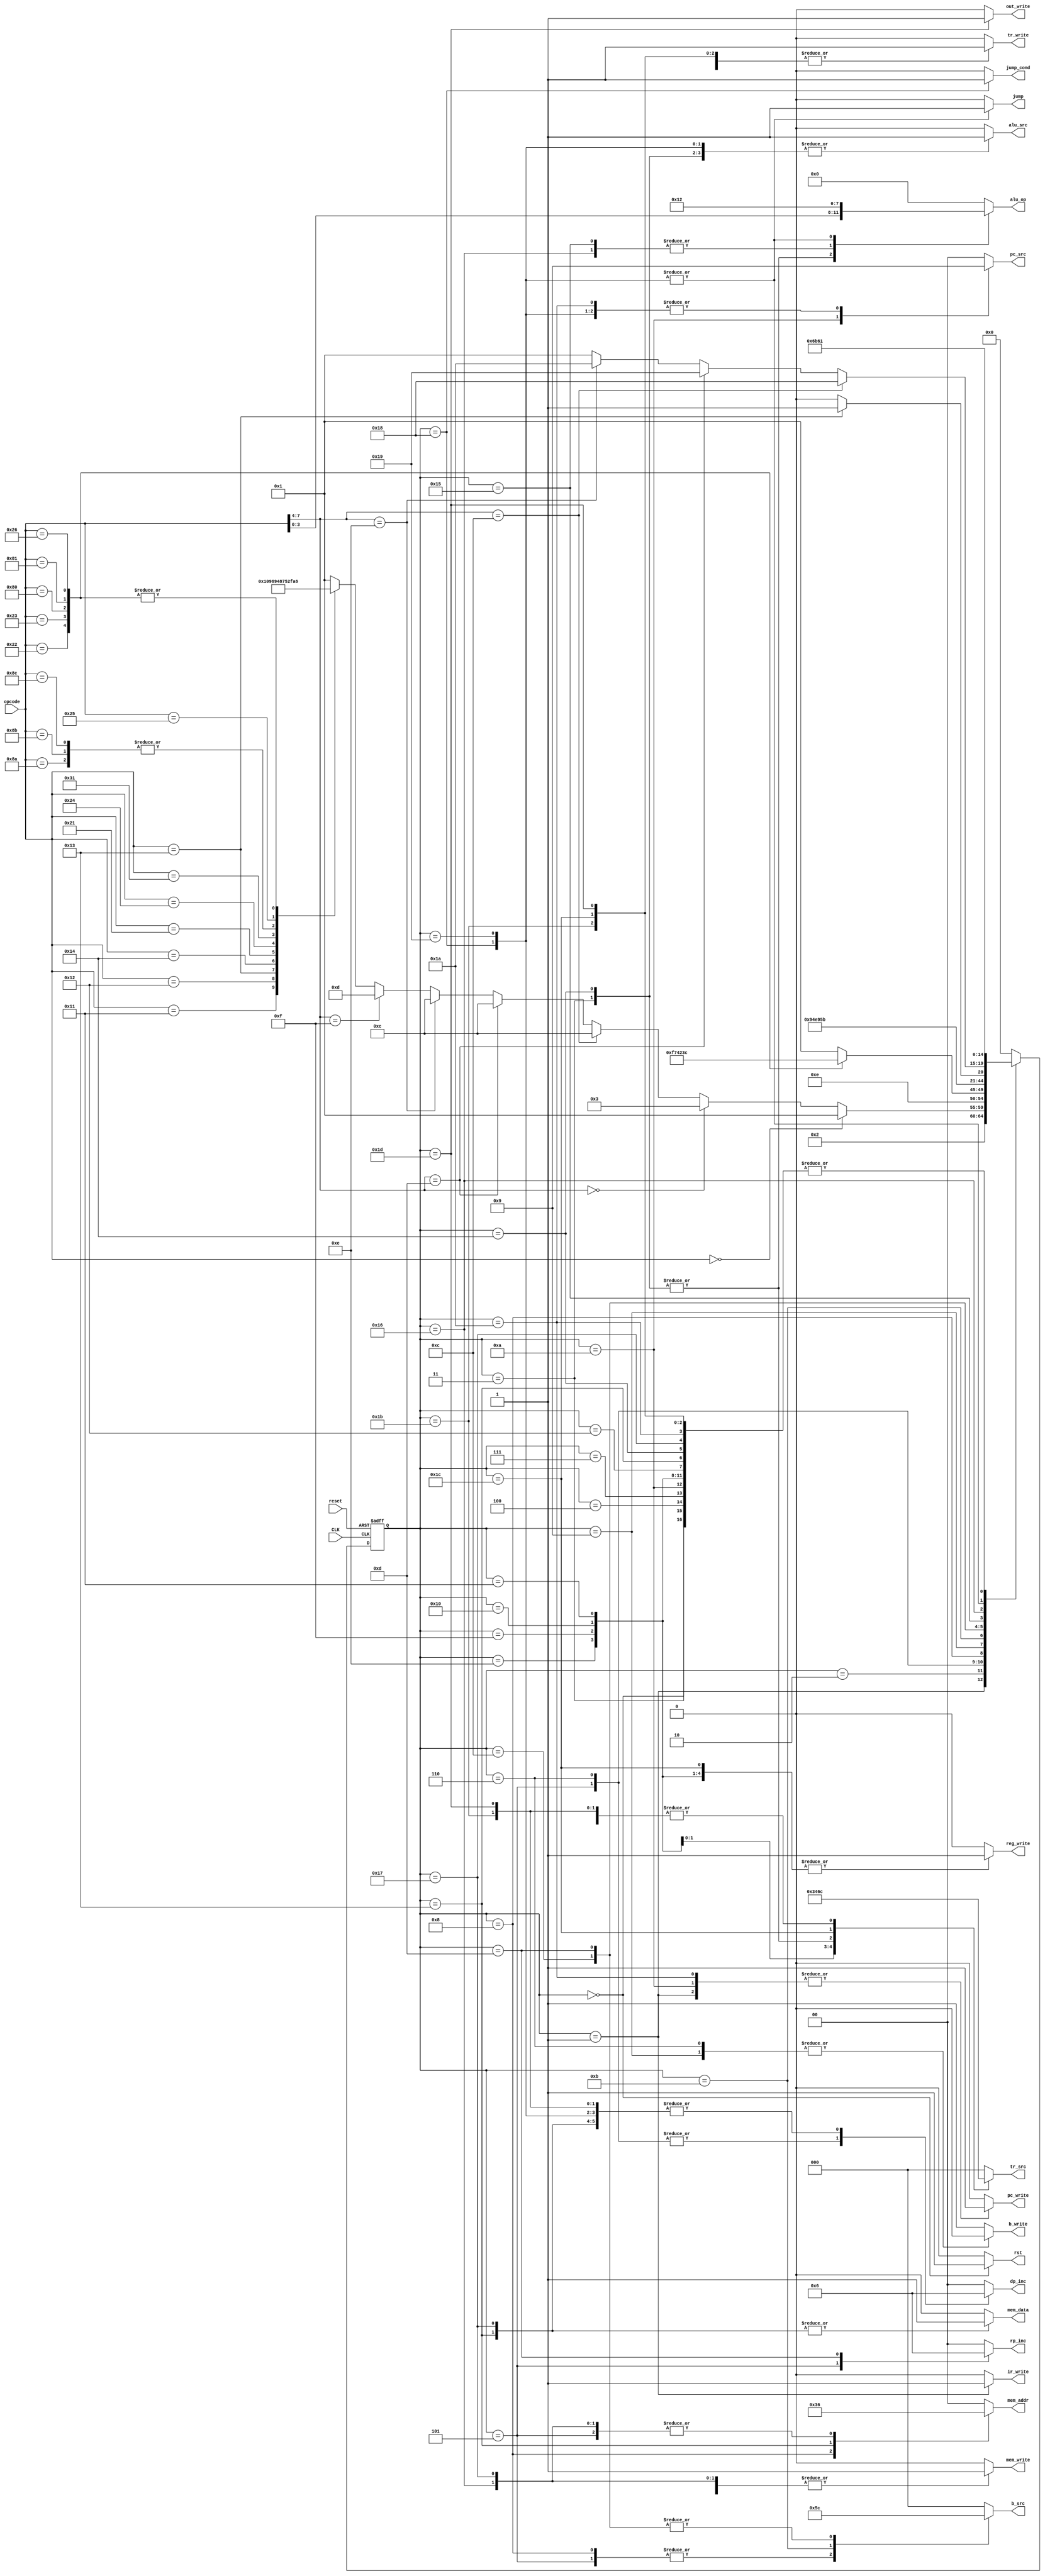
`timescale 1ns / 1ps
//////////////////////////////////////////////////////////////////////////////////
// Company: 
// Engineer: 
// 
// Design Name: 
// Module Name:    ControlUnit 
// Project Name: 
// Target Devices: 
// Tool versions: 
// Description: 
//
// Dependencies: 
//
// Revision: 
// Revision 0.01 - File Created
// Additional Comments: 
//
//////////////////////////////////////////////////////////////////////////////////
module ControlUnit(
	input [7:0] opcode,
	input reset,
	input CLK,
	output reg [1:0] mem_addr,
	output reg mem_data,
	output reg mem_write,
	output reg [1:0] dp_inc,
	output reg [1:0] rp_inc,
	output reg reg_write,
	output reg ir_write,
	output reg [2:0] tr_src,
	output reg tr_write,
	output reg [1:0] pc_src,
	output reg pc_write,
	output reg jump,
	output reg jump_cond,
	output reg alu_src,
	output reg [2:0] b_src,
	output reg b_write,
	output reg [3:0] alu_op,
	output reg rst,
	output reg out_write
   );

	reg [4:0] state;			//Current State for one-hot encoding
	reg [4:0] next_state;	//Next state for one-hot encoding
	
	parameter [4:0] 	reset_state = 5'd0,
							fetch = 5'd1,
							decode = 5'd2,
							alu = 5'd3,
							burn = 5'd4,
							fromr_1 = 5'd5,
							odpp = 5'd6,	//Over, dup, push, pushu
							swap = 5'd7,
							load_1 = 5'd8,
							store_1 = 5'd9,
							ja = 5'd10,
							shifts_1 = 5'd11,	//Sll, Srl, sra
							jumps_1 = 5'd12,	//jeq, jneq, j
							call_tor = 5'd13,	//Call and tor
							fromr_over = 5'd14,	//Final state for from and over
							dup = 5'd15,	//Final state for dup
							push = 5'd16,
							pushu = 5'd17,
							load = 5'd18,
							store = 5'd19,
							shifts = 5'd20,	//Final state for sll, srl, sra
							jumps_2 = 5'd21,//Second state for jumps
							call = 5'd22,
							tor = 5'd23,
							jeq = 5'd24,
							jneq = 5'd25,
							j_call = 5'd26,
							jeqs = 5'd27,
							in = 5'd28,
							out = 5'd29;

	
	always @(posedge CLK or posedge reset) begin
		if (reset) state <= reset_state;
		else state <= next_state;
	end
	
	always @(state or opcode) begin
		mem_addr = 0; mem_data = 0; mem_write = 0; dp_inc = 0; rp_inc = 0; reg_write = 0; ir_write = 0; tr_src = 0; 
		tr_write = 0; pc_src = 0; pc_write = 0; jump = 0; jump_cond = 0; alu_src = 0; b_src = 0; b_write = 1; alu_op = 0;
		rst = 0;	out_write = 0;
		next_state = fetch;
		
		case (state)
			reset_state: begin
				rst = 1;
				
				next_state = fetch;
			end
			fetch: begin
				ir_write = 1;
				mem_addr = 2'b00;
				pc_write = 1;
				pc_src = 2'b00;
				
				next_state = decode;
			end
			decode: begin
				b_src = 3'b000;
				if (opcode == 8'h00) next_state = fetch;
				else if (opcode[7:4] == 4'h0) next_state = alu;
				else if (opcode[7:4] == 4'hC) next_state = jumps_1;	//jeq
				else if (opcode[7:4] == 4'hD) next_state = jumps_1;	//jneq
				else if (opcode[7:4] == 4'hE) next_state = jumps_1;	//j
				else if (opcode[7:4] == 4'hF) next_state = call_tor;	//call
				else begin
					case (opcode)
						8'h11: next_state = load_1;	//load
						8'h12: next_state = store_1;	//store
						8'h13: next_state = call_tor; 	//tor
						8'h14: next_state = fromr_1; 	//fromr
						8'h21: next_state = burn; 	//burn
						8'h22: next_state = odpp; 	//dup
						8'h23: next_state = odpp; 	//over
						8'h24: next_state = swap; 	//swap
						8'h31: next_state = ja; 	//ja
						8'h80: next_state = odpp; 	//push
						8'h81: next_state = odpp; 	//pushu
						8'h8A: next_state = shifts_1;	//sll
						8'h8B: next_state = shifts_1; 	//srl
						8'h8C: next_state = shifts_1; 	//sra
						8'h25: next_state = out;	//out
						8'h26: next_state = odpp;	//in
					endcase
				end
			end
			alu: begin
				dp_inc = 2'b10;
				alu_src = 1;
				alu_op = opcode[3:0];
				tr_src = 3'b001;
				tr_write = 1;
				
				next_state = fetch;
			end
			burn: begin
				tr_src = 3'b000;
				dp_inc = 2'b10;
				tr_write = 1;
				
				next_state = fetch;
			end
			fromr_1: begin
				b_src = 3'b001;
				mem_addr = 2'b10;
				rp_inc = 2'b01;
				dp_inc = 2'b01;
				
				next_state = fromr_over;
			end
			odpp: begin
				dp_inc = 2'b01;
				b_write = 0;
				
				case (opcode)
					8'h22: next_state = dup; 	//dup
					8'h23: next_state = fromr_over; 	//over
					8'h80: next_state = push; 	//push
					8'h81: next_state = pushu; 	//pushu
					8'h26: next_state = in;	//in
				endcase
			end
			swap: begin
				tr_src = 3'b000;
				tr_write = 1;
				reg_write = 1;
				
				next_state = fetch;
			end
			load_1: begin
				mem_addr = 2'b11;
				b_src = 3'b001;
				
				next_state = load;
			end
			store_1: begin
				dp_inc = 2'b10;
				b_write = 0;
				
				next_state = store;
			end
			ja: begin
				pc_write = 1;
				pc_src = 2'b10;
				tr_src = 3'b000;
				tr_write = 1;
				dp_inc = 2'b10;
				
				next_state = fetch;
			end
			shifts_1: begin	//Sll, Srl, sra
				b_src = 3'b011;
				
				next_state = shifts;
			end
			jumps_1: begin	//jeq, jneq, j
				b_src = 3'b100;
				
				next_state = jumps_2;
			end
			call_tor: begin	//Call and tor
				rp_inc = 2'b10;
				b_src = 3'b100;
				
				if (opcode == 8'h13) next_state = tor;
				else next_state = call;
			end
			fromr_over: begin	//Final state for from and over
				 reg_write = 1;
				 tr_src = 3'b000;
				 tr_write = 1;
				 
				 next_state = fetch;
			end
			dup: begin
				reg_write = 1;
				
				next_state = fetch;
			end
			push: begin
				reg_write = 1;
				tr_src = 3'b011;
				tr_write = 1;
				
				next_state = fetch;
			end
			pushu: begin
				reg_write = 1;
				tr_src = 3'b010;
				tr_write = 1;
				
				next_state = fetch;
			end
			load: begin
				tr_src = 3'b000;
				tr_write = 1;
				
				next_state = fetch;
			end
			store: begin
				mem_write = 1;
				mem_addr = 2'b01;
				mem_data = 1;
				tr_src = 3'b100;
				tr_write = 1;
				dp_inc = 2'b10;
				
				next_state = fetch;
			end
			shifts: begin	//Final state for sll, srl, sra
				tr_src = 3'b001;
				tr_write = 1;
				alu_src = 1;
				alu_op = opcode[3:0];
				
				next_state = fetch;
			end
			jumps_2: begin //Second state for jumps
				alu_op = 4'b0001;
				alu_src = 0;
				b_src = 3'b000;
				
				if (opcode[7:4] == 4'hC) next_state = jeq;	//jeq
				else if (opcode[7:4] == 4'hD) next_state = jneq;	//jneq
				else if (opcode[7:4] == 4'hE) next_state = j_call;	//j 
			end
			call: begin
				mem_data = 0;
				mem_addr = 2'b10;
				mem_write = 1;
				alu_op = 4'b0001;
				
				next_state = j_call;
			end
			tor: begin
				mem_write = 1;
				mem_addr = 2'b10;
				tr_src = 3'b100;
				tr_write = 1;
				mem_data = 1;
				dp_inc = 2'b10;
				
				next_state = fetch;
			end
			jeq: begin
				jump_cond = 1;
				jump = 1;
				pc_src = 2'b01;
				dp_inc = 2'b10;
				
				alu_src = 1;
				alu_op = 4'b0010;
				
				next_state = jeqs;
			end
			jneq: begin
				jump_cond = 0;
				jump = 1;
				pc_src = 2'b01;
				dp_inc = 2'b10;
				
				alu_src = 1;
				alu_op = 4'b0010;
				
				next_state = jeqs;
			end
			j_call: begin
				pc_src = 2'b01;
				pc_write = 1;
				
				next_state = fetch;
			end
			jeqs: begin
				tr_src = 3'b100;
				tr_write = 1;
				dp_inc = 2'b10;
				
				next_state = fetch;
			end
			in: begin
				reg_write = 1;
				tr_write = 1;
				tr_src = 3'b101;
				
				next_state = fetch;
			end
			out: begin
				out_write = 1;
				tr_write = 1;
				tr_src = 3'b100;
				dp_inc = 2'b10;
				
				next_state = fetch;
			end
			default: begin
				next_state = reset_state;
			end
		endcase
	end

endmodule